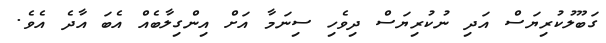
ގަބޫލުކުރިޔަސް އަދި ނުކުރިޔަސް ދިވެހި ސިނަމާ އަށް އިންގިލާބެއް އެބަ އާދެ އެވެ.